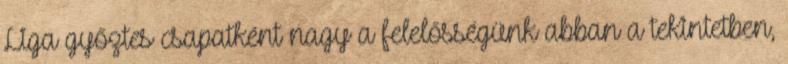
Liga győztes csapatként nagy a felelősségünk abban a tekintetben,